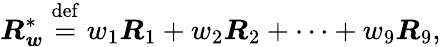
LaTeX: \boldsymbol{R}_{\boldsymbol{w}}^{*}\stackrel{\mathrm{def}}{=}w_{1}\boldsymbol{R}_{1}+w_{2}\boldsymbol{R}_{2}+\cdots+w_{9}\boldsymbol{R}_{9},